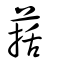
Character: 葀